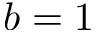
b = 1